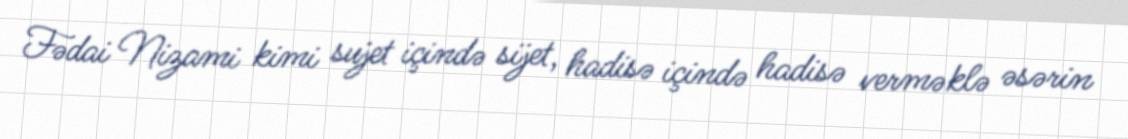
Fədai Nizami kimi sujet içində sijet, hadisə içində hadisə verməklə əsərin